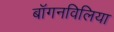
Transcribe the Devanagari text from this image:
बॉगनविलिया